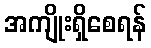
အကျိုးရှိစေရန်